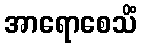
အာရောစေသိံ